Lunatic asylums Central Provinces reports 1895-1909 - 1895-1909
Year: 1895
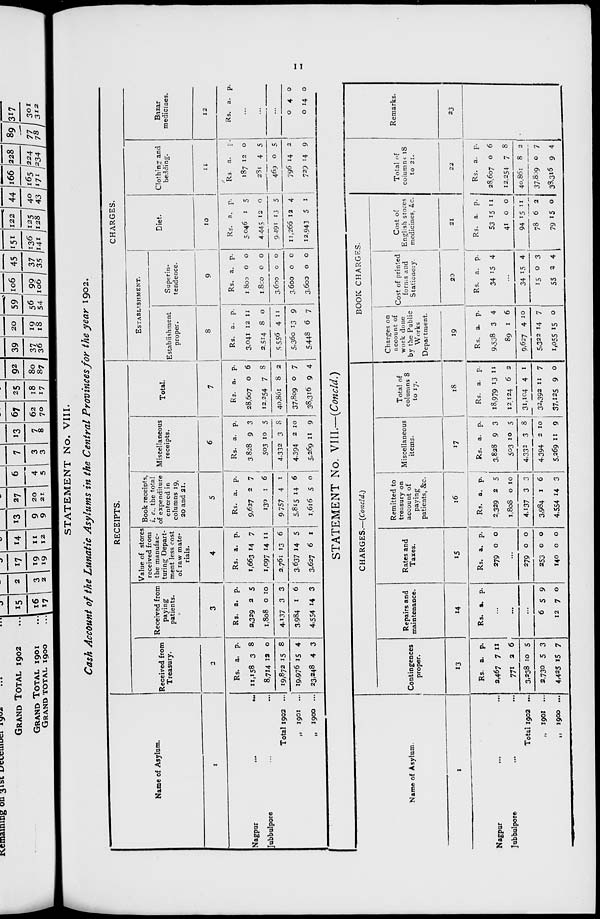
11
STATEMENT No. VIII.
Cash Account of the Lunatic Asylums in the Central Provinces for the year 1902.
Name of Asylum.
1
Nagpur
...
...
Jubbulpore ... ...
Total 1902 ...
„ 1901
...
„ 1900 ...
RECEIPTS.
Received from
Treasury.
2
Rs.
11,158
8,714
19,872
19,976
23,248
a.
3
12
15
15
4
p.
8
0
8
4
3
Received from
paying
patients.
3
Rs.
2,329
1,808
4,137
3,984
4,554
a.
2
0
3
1
14
p.
5
10
3
6
3
Value of stores
received from
the manufac-
turing Depart-
ment less cost
of raw mate-
rials.
4
Rs.
1,663
1,097
2,761
3,637
3,627
a.
14
14
13
14
6
p.
7
11
6
5
1
Book receipts,
i. e., the total
of expenditure
entered in
columns 19,
20 and 21.
5
Rs.
9,627
130
9,757
5,815
1,616
a.
2
1
4
14
5
p.
7
6
1
6
0
Miscellaneous
receipts.
6
Rs.
3,828
503
4,332
4.394
5,269
a.
9
10
3
2
11
p.
3
5
8
10
9
Total.
7
Rs.
28,607
12,254
40,861
37,809
38,316
a.
0
7
8
0
9
p.
6
8
2
7
4
CHARGES.
ESTABLISHMENT.
Establishment
proper.
8
Rs.
3,041
2,514
5,556
5,360
5,448
a.
12
8
4
13
6
p.
11
0
11
9
7
Superin-
tendence.
9
Rs.
1800
1800
3,600
3,600
3,600
a.
0
0
0
0
0
p.
0
0
0
0
0
Diet.
10
Rs.
5,046
4,445
9,491
11,266
12,943
a.
1
12
13
12
5
p.
5
0
5
4
1
Clothing and
bedding.
11
Rs.
187
281
469
796
729
a.
12
4
0
14
14
p.
0
5
5
2
9
Bazar
medicines.
12
Rs. a. p.
...
...
...
0
0
4
14
0
0
STATEMENT No. VIII.—(Concld.)
Name of Asylum.
1
Nagpur ...
Jubbulpore ...
Total 1902 ...
„ 1901
...
„
1900 ...
CHARGES.—(Concld.)
Contingences
proper.
13
Rs.
2,467
771
3,238
2,730
4,425
a.
7
2
10
5
15
p.
11
6
5
3
7
Repairs and
maintenance.
14
Rs. a. p.
...
...
...
6
12
5
7
9
0
Rates and
Taxes.
15
Rs.
279
a.
0
p.
0
...
279
253
140
0
0
0
0
0
0
Remitted to
treasury on
account of
paying
patients, &c.
16
Rs.
2,329
1,808
4,137
3,984
4,554
a.
2
0
3
1
14
p.
5
10
3
6
3
Miscellaneous
items.
17
Rs.
3,828
503
4,332
4,394
5,269
a.
9
10
3
2
11
p.
3
5
8
10
9
Total of
columns 8
to 17.
18
Rs.
18,979
12,124
31,104
32,392
37,125
a.
13
6
4
11
9
p.
11
2
1
7
0
BOOK CHARGES.
Charges on
account of
work done
by the Public
Works
Department.
19
Rs.
9,538
89
9,627
5,322
1,055
a.
3
1
4
14
15
p.
4
6
10
7
0
Cost of printed
forms and
Stationery.
20
Rs.
34
a.
15
p.
4
...
34
15
55
15
0
2
4
3
4
Cost of
English stores
medicines, &c.
21
Rs.
53
41
94
78
79
a.
15
0
15
6
15
p.
11
0
11
2
0
Total of
columns 18
to 21.
22
Rs.
28,607
12,254
40,861
37,809
38,316
a.
0
7
8
0
9
p.
6
8
2
7
4
Remarks.
23